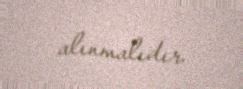
alınmalıdır.